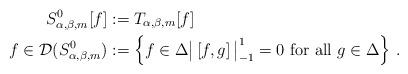
LaTeX: \begin{align*}S^0_{\alpha,\beta,m}[f]&:= T_{\alpha,\beta,m}[f]\\f\in \mathcal{D}(S^0_{\alpha,\beta,m})&:=\left\{f\in \Delta\big|\left[f,g\right]\big|_{-1}^1=0 \mbox{ for all } g\in \Delta\right\}\,.\end{align*}